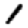
Digit: 1